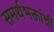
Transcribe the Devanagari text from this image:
समर्थभक्तांची